Leningradi_Edasi_toimetus, lk 19
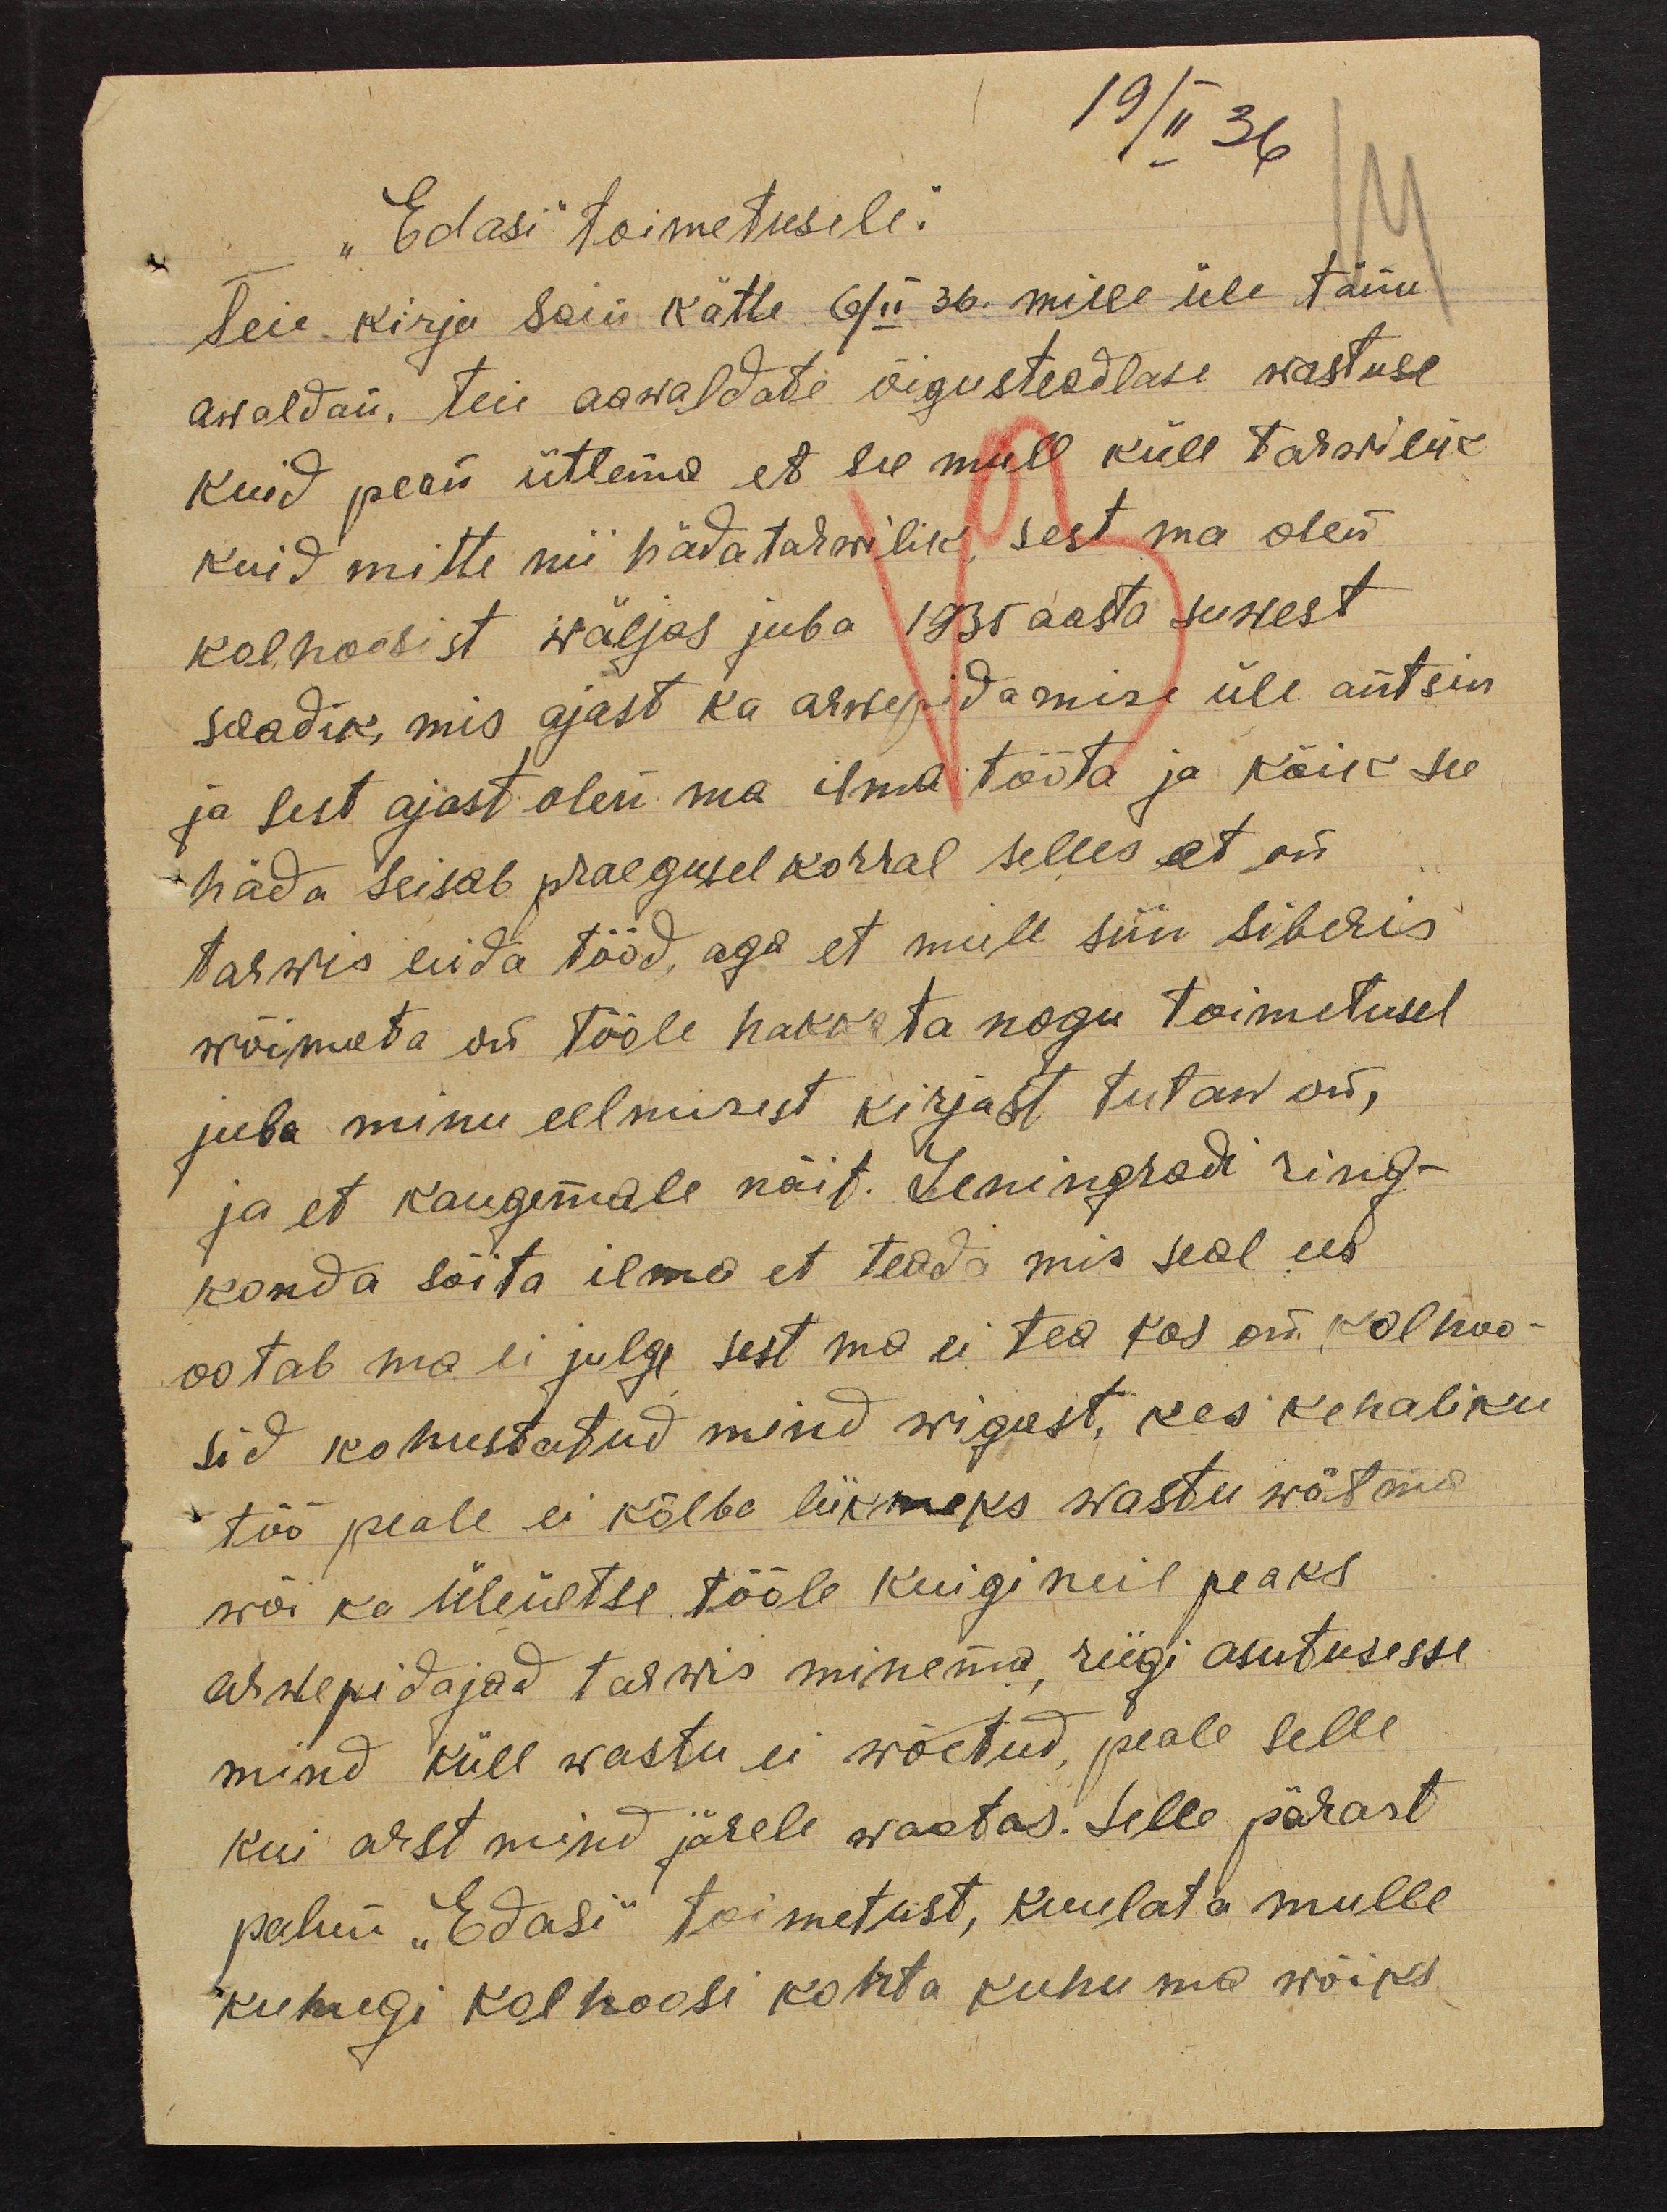
19/II 36
"Edasi" toimetusele.
Teie kirja sain kätte 6/II 36. mille üle tänu
awaldan, teie aawaldate õigusteadlase wastuse
kuid pean ütlema, et see mull küll tarwilik
kuid mitte nii hädatarwilik, sest ma olen
kolhoosist wäljas juba 1935 aasta suwest
saadik, mis ajast ka arwepidamise üle antsin.
ja sest ajast olen ma ilma tööta ja kõik see
häda seisab praegusel korral selles et on
tarwis leida tööd, aga et mull siin Siberis
wõimeta on tööle hakata nagu toimetusel,
juba minu eelmisest kirjast tutaw on,
ja et kaugemale näit. Leningrad ring-
konda sõita ilma et teada mis seal ees
ootab ma ei julge, sest mu ei tea kas on kolhoo-
sid kohustatud mind wigast, kes kehaliku
töö peale ei kõlba liikmeks wastu wõtma
wõi ka üleültse tööle kuigi neil peaks
arwepidajad tarwis minema, riigi asutusesse
mind küll wastu ei wõetud, peale selle
kui arst mind järele waatas. Selle pärast
palun "Edasi" toimetust, kuulata mulle
kuhugi kolhoosi kohta kuhu ma wõiks